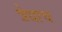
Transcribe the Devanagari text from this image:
त्रेधाच